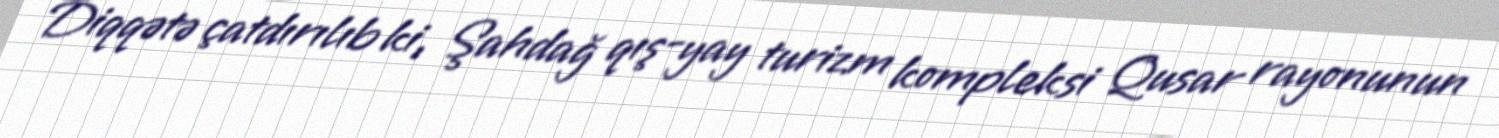
Diqqətə çatdırılıb ki, Şahdağ qış-yay turizm kompleksi Qusar rayonunun